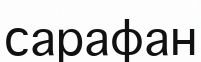
сарафан